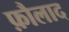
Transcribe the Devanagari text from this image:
फ़ौलाद